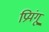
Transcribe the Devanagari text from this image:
प्रियंगू